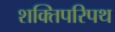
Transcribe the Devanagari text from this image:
शक्तिपरिपथ